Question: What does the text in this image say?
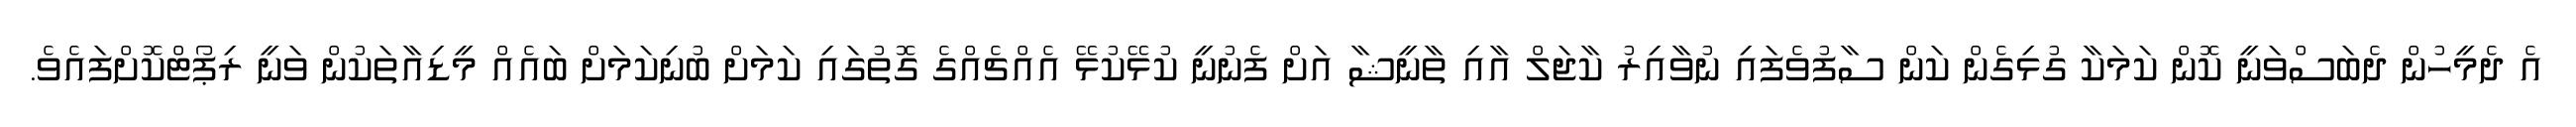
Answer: އެ ދެމީހުން ދެބަސްވަނީ ކޮން ކަމަކާ ގުޅިގެން ކަން ސާފުވެފައި ނުވާއިރު ކާޖަލް އާއި ތާނީޝާ އަށް ފެނުނީ ކުޅޭކުޅޭ އެއްޗެއްގެ ގޮތުގައި ކަމަށް ބުނިކަމަށް ބައެއް މީޑިއާތަކުން ވަނީ ރިޕޯޓްކޮށްފައެވެ.